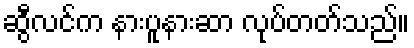
ဆွီလင်က နားပူနားဆာ လုပ်တတ်သည်။